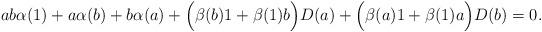
LaTeX: \begin{align*} ab\alpha(1) + a\alpha(b) + b\alpha(a) + \Big(\beta(b)1 + \beta(1)b\Big)D(a) + \Big(\beta(a)1 + \beta(1)a\Big)D(b) = 0 .\end{align*}